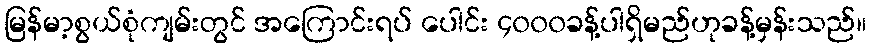
မြန်မာ့စွယ်စုံကျမ်းတွင် အကြောင်းရပ် ပေါင်း ၄၀၀၀ခန့်ပါရှိမည်ဟုခန့်မှန်းသည်။